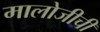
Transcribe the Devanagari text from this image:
मालोजीची